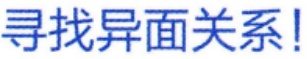
寻找异面关系!